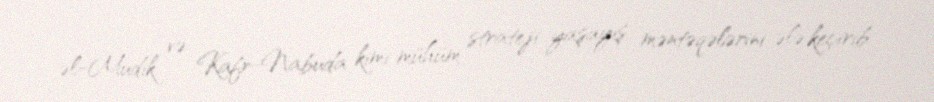
əl-Mudik və Kafr-Nabuda kimi mühüm strateji yaşayış məntəqələrini ələ keçirib.